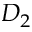
D _ { 2 }